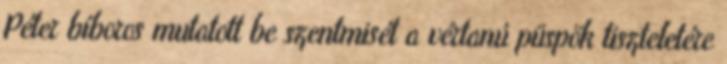
Péter bíboros mutatott be szentmisét a vértanú püspök tiszteletére